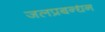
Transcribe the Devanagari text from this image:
जलप्रबन्धन